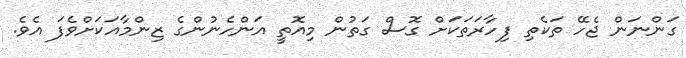
ގަންނަން ޖެހޭ ތަކެތި ފިހާރަތަކަށް ގޮސް ގަތުން މިއޮތީ އަންހެނުންގެ ޒިންމާއަކަށްވެފަ އެވެ.